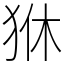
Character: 㹯